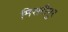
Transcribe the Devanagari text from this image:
मिसरीपुर